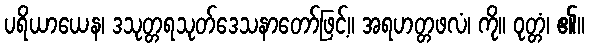
ပရိယာယေန၊ ဒသုတ္တရသုတ်ဒေသနာတော်ဖြင့်။ အရဟတ္တဖလံ၊ ကို။ ဝုတ္တံ၊ ၏။